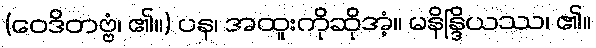
(ဝေဒိတဗ္ဗံ၊ ၏။) ပန၊ အထူးကိုဆိုအံ့။ မနိန္ဒြိယဿ၊ ၏။